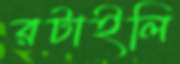
রটাইলি